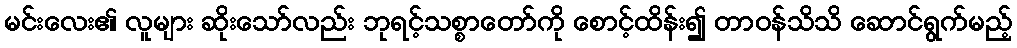
မင်းလေး၏ လူများ ဆိုးသော်လည်း ဘုရင့်သစ္စာတော်ကို စောင့်ထိန်း၍ တာဝန်သိသိ ဆောင်ရွက်မည့်